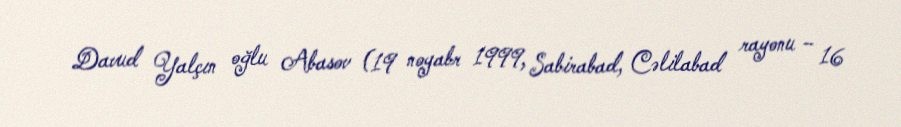
Davud Yalçın oğlu Abasov (19 noyabr 1999, Sabirabad, Cəlilabad rayonu – 16